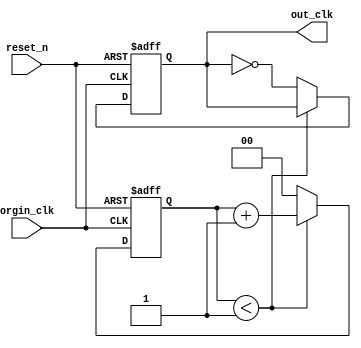
/*
* 
*/
module freq_div #(parameter DIV = 4)  (orgin_clk,reset_n,out_clk);
input orgin_clk,reset_n;  //clk 
output reg out_clk;  //


localparam COUNTER = DIV/2-1;

reg [$clog2(COUNTER)-1:0] cnt;

// 
always @(posedge orgin_clk or negedge reset_n) begin
	if (!reset_n) begin
		cnt <= 0;
		out_clk <= 1'b0;
	end else if (cnt < COUNTER) begin
		cnt <= cnt+1'd1;
		out_clk <= out_clk;
	end else begin
		cnt <= 0;
		out_clk <= ~out_clk;
	end
end

endmodule